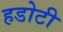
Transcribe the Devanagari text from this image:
हडोटी